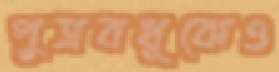
পুত্রবধূকেও